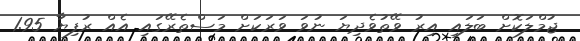
ޖުމްލަކޮށް ބަލައި އިރު ވޭތުވެދިޔަ ނުވަ ވަރަކަށް މަސްތެރޭގައި އެއް ރުފިޔާ 1.95